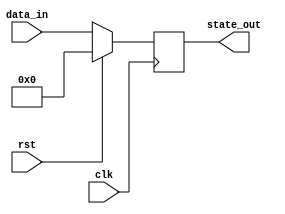
module synchronous_reset_example (
    input wire clk,          // Clock signal
    input wire rst,          // Synchronous reset signal
    input wire [3:0] data_in, // Example additional input
    output reg [3:0] state_out // Output state signal
);

// Define the reset state
localparam RESET_STATE = 4'b0000;

always @(posedge clk) begin
    if (rst) begin
        // Synchronous reset: set state to reset state
        state_out <= RESET_STATE;
    end else begin
        // Normal operation: update state based on input
        // Example operation: simple state transition
        state_out <= data_in; // Replace with actual logic as needed
    end
end

endmodule